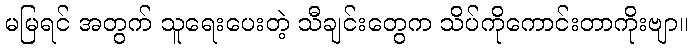
မမြရင် အတွက် သူရေးပေးတဲ့ သီချင်းတွေက သိပ်ကိုကောင်းတာကိုးဗျာ။